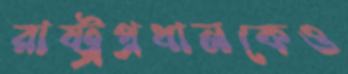
রাষ্ট্রপ্রধানকেও